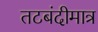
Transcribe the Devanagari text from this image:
तटबंदीमात्र